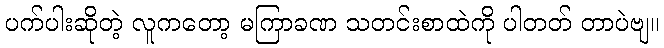
ပက်ပါးဆိုတဲ့ လူကတော့ မကြာခဏ သတင်းစာထဲကို ပါတတ် တာပဲဗျ။